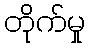
တိုက်မှု